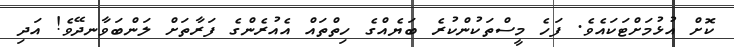
ކޮށް އުޅުމަށްޓަކައެވެ. ފަހެ މީސްތަކުންކުރެ ބަޔެއްގެ ހިތްތައް އެއުރެންގެ ފަރާތަށް ލަންބަވާނދޭވެ! އަދި